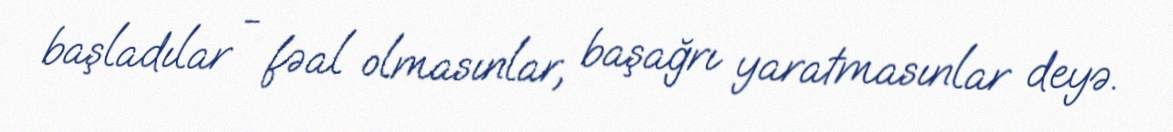
başladılar - fəal olmasınlar, başağrı yaratmasınlar deyə.